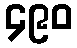
၄၉၀